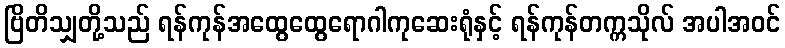
ဗြိတိသျှတို့သည် ရန်ကုန်အထွေထွေရောဂါကုဆေးရုံနှင့် ရန်ကုန်တက္ကသိုလ် အပါအဝင်